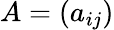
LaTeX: A=(a_{ij})